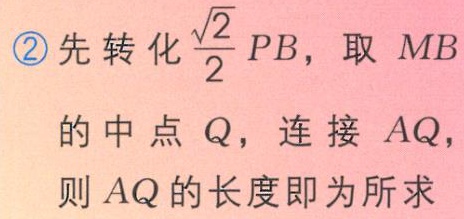
\textcircled{2}先转化$\frac{\sqrt{2}}{2}PB$，取$MB$的中点$Q$，连接$AQ$，则$AQ$的长度即为所求